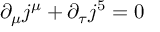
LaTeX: \partial _ { \mu } j ^ { \mu } + \partial _ { \tau } j ^ { 5 } = 0